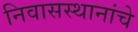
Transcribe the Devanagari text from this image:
निवासस्थानांचे